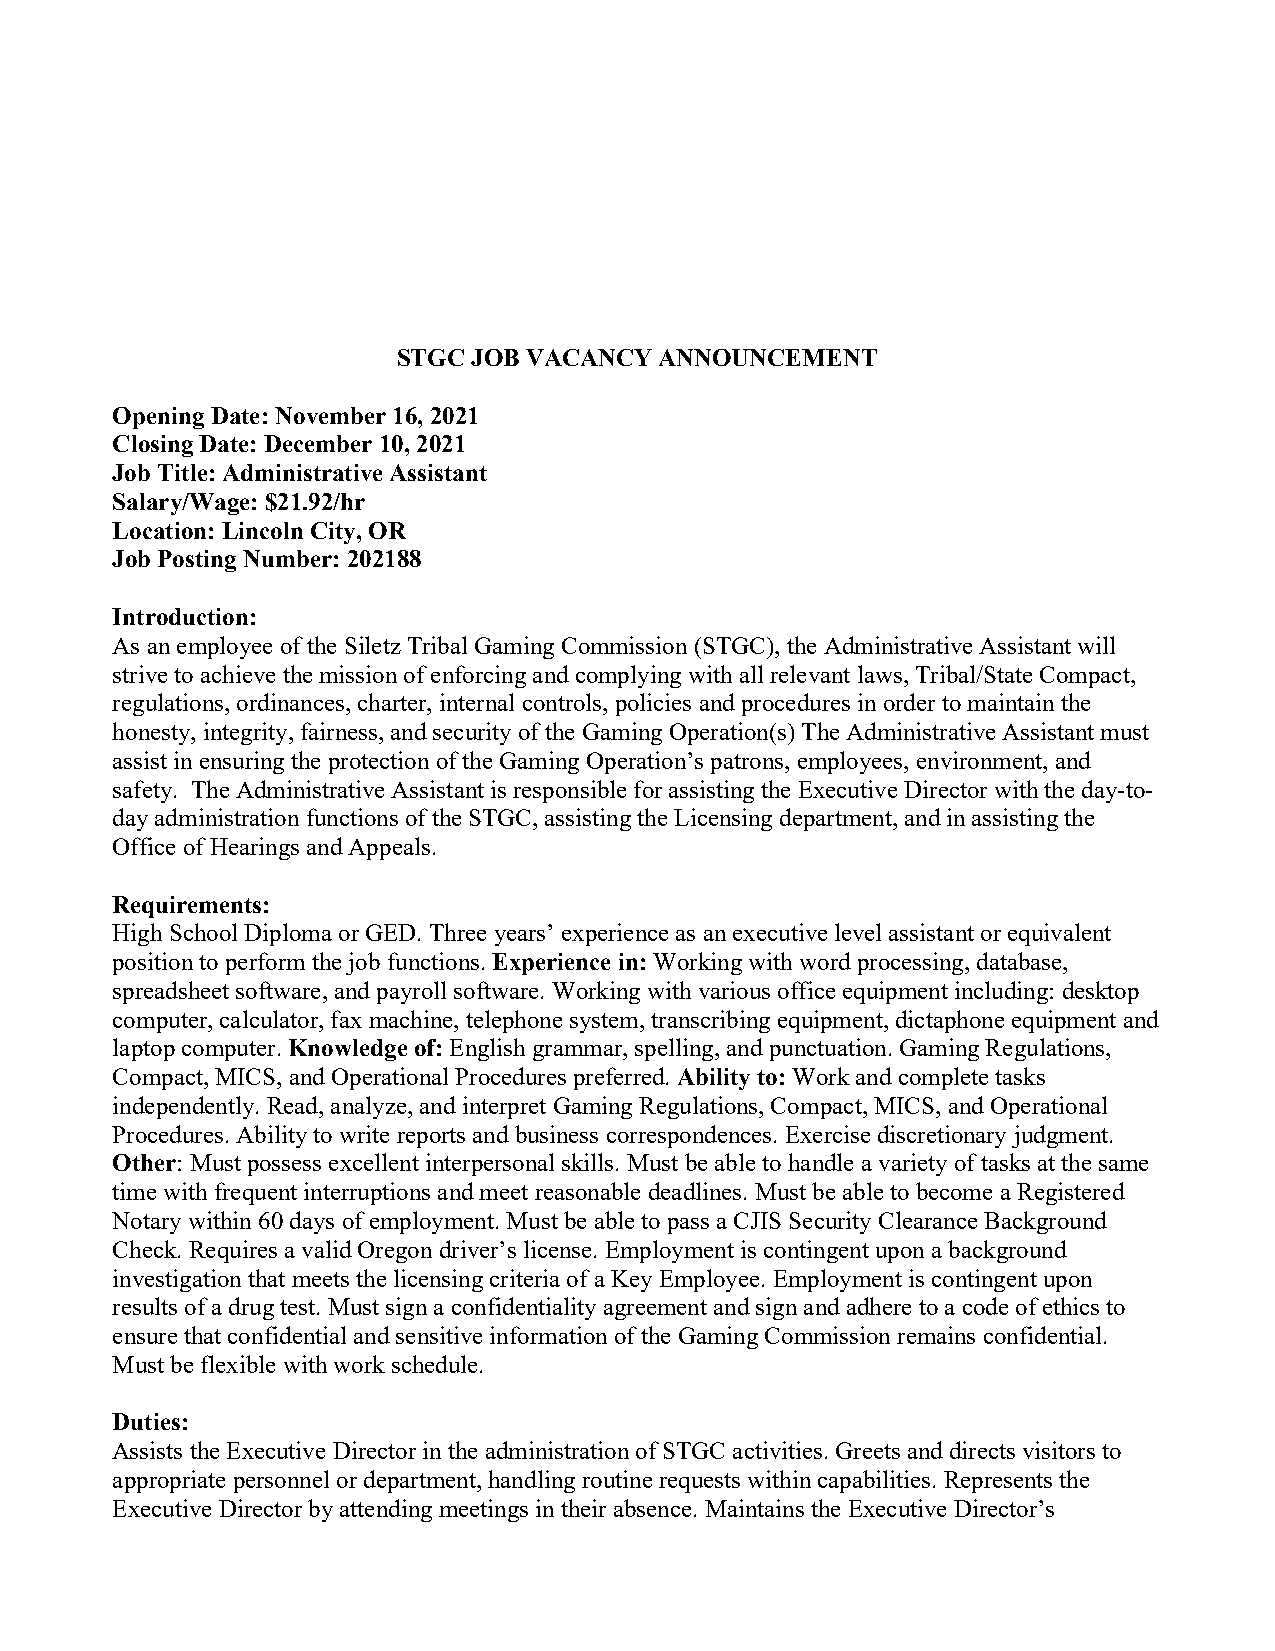
STGC JOB VACANCY  ANNOUNCEMENT
 Opening Date: November 16, 2021
 Closing Date: December 10, 2021
 Job Title: Administrative Assistant
 Salary/Wage: $21.92/hr
 Location: Lincoln City, OR
 Job Posting Number: 202188
 Introduction:
 As an employee of the Siletz Tribal Gaming Commission (STGC), the Administrative Assistant will
 strive to achieve the mission of enforcing and complying with all relevant laws, Tribal/State Compact,
 regulations, ordinances, charter, internal controls, policies and procedures in order to maintain the
 honesty, integrity, fairness, and security of the Gaming Operation(s) The Administrative Assistant must
 assist in ensuring the protection of the Gaming Operation’s patrons, employees, environment, and
 safety. The Administrative Assistant is responsible for assisting the Executive Director with the day-to-
 day administration functions of the STGC, assisting the Licensing department, and in assisting the
 Office of Hearings and Appeals.
 Requirements:
 High School Diploma or GED. Three years’ experience as an executive level assistant or equivalent
 position to perform the job functions. Experience in: Working with word processing, database,
 spreadsheet software, and payroll software. Working with various office equipment including: desktop
 computer, calculator, fax machine, telephone system, transcribing equipment, dictaphone equipment and
 laptop computer. Knowledge of: English grammar, spelling, and punctuation. Gaming Regulations,
 Compact, MICS, and Operational Procedures preferred. Ability to: Work and complete tasks
 independently. Read, analyze, and interpret Gaming Regulations, Compact, MICS, and Operational
 Procedures. Ability to write reports and business correspondences. Exercise discretionary judgment.
 Other: Must possess excellent interpersonal skills. Must be able to handle a variety of tasks at the same
 time with frequent interruptions and meet reasonable deadlines. Must be able to become a Registered
 Notary within 60 days of employment. Must be able to pass a CJIS Security Clearance Background
 Check. Requires a valid Oregon driver’s license. Employment is contingent upon a background
 investigation that meets the licensing criteria of a Key Employee. Employment is contingent upon
 results of a drug test. Must sign a confidentiality agreement and sign and adhere to a code of ethics to
 ensure that confidential and sensitive information of the Gaming Commission remains confidential.
 Must be flexible with work schedule.
 Duties:
 Assists the Executive Director in the administration of STGC activities. Greets and directs visitors to
 appropriate personnel or department, handling routine requests within capabilities. Represents the
 Executive Director by attending meetings in their absence. Maintains the Executive Director’s